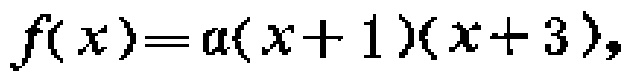
\(f(x)=a(x + 1)(x + 3)\)